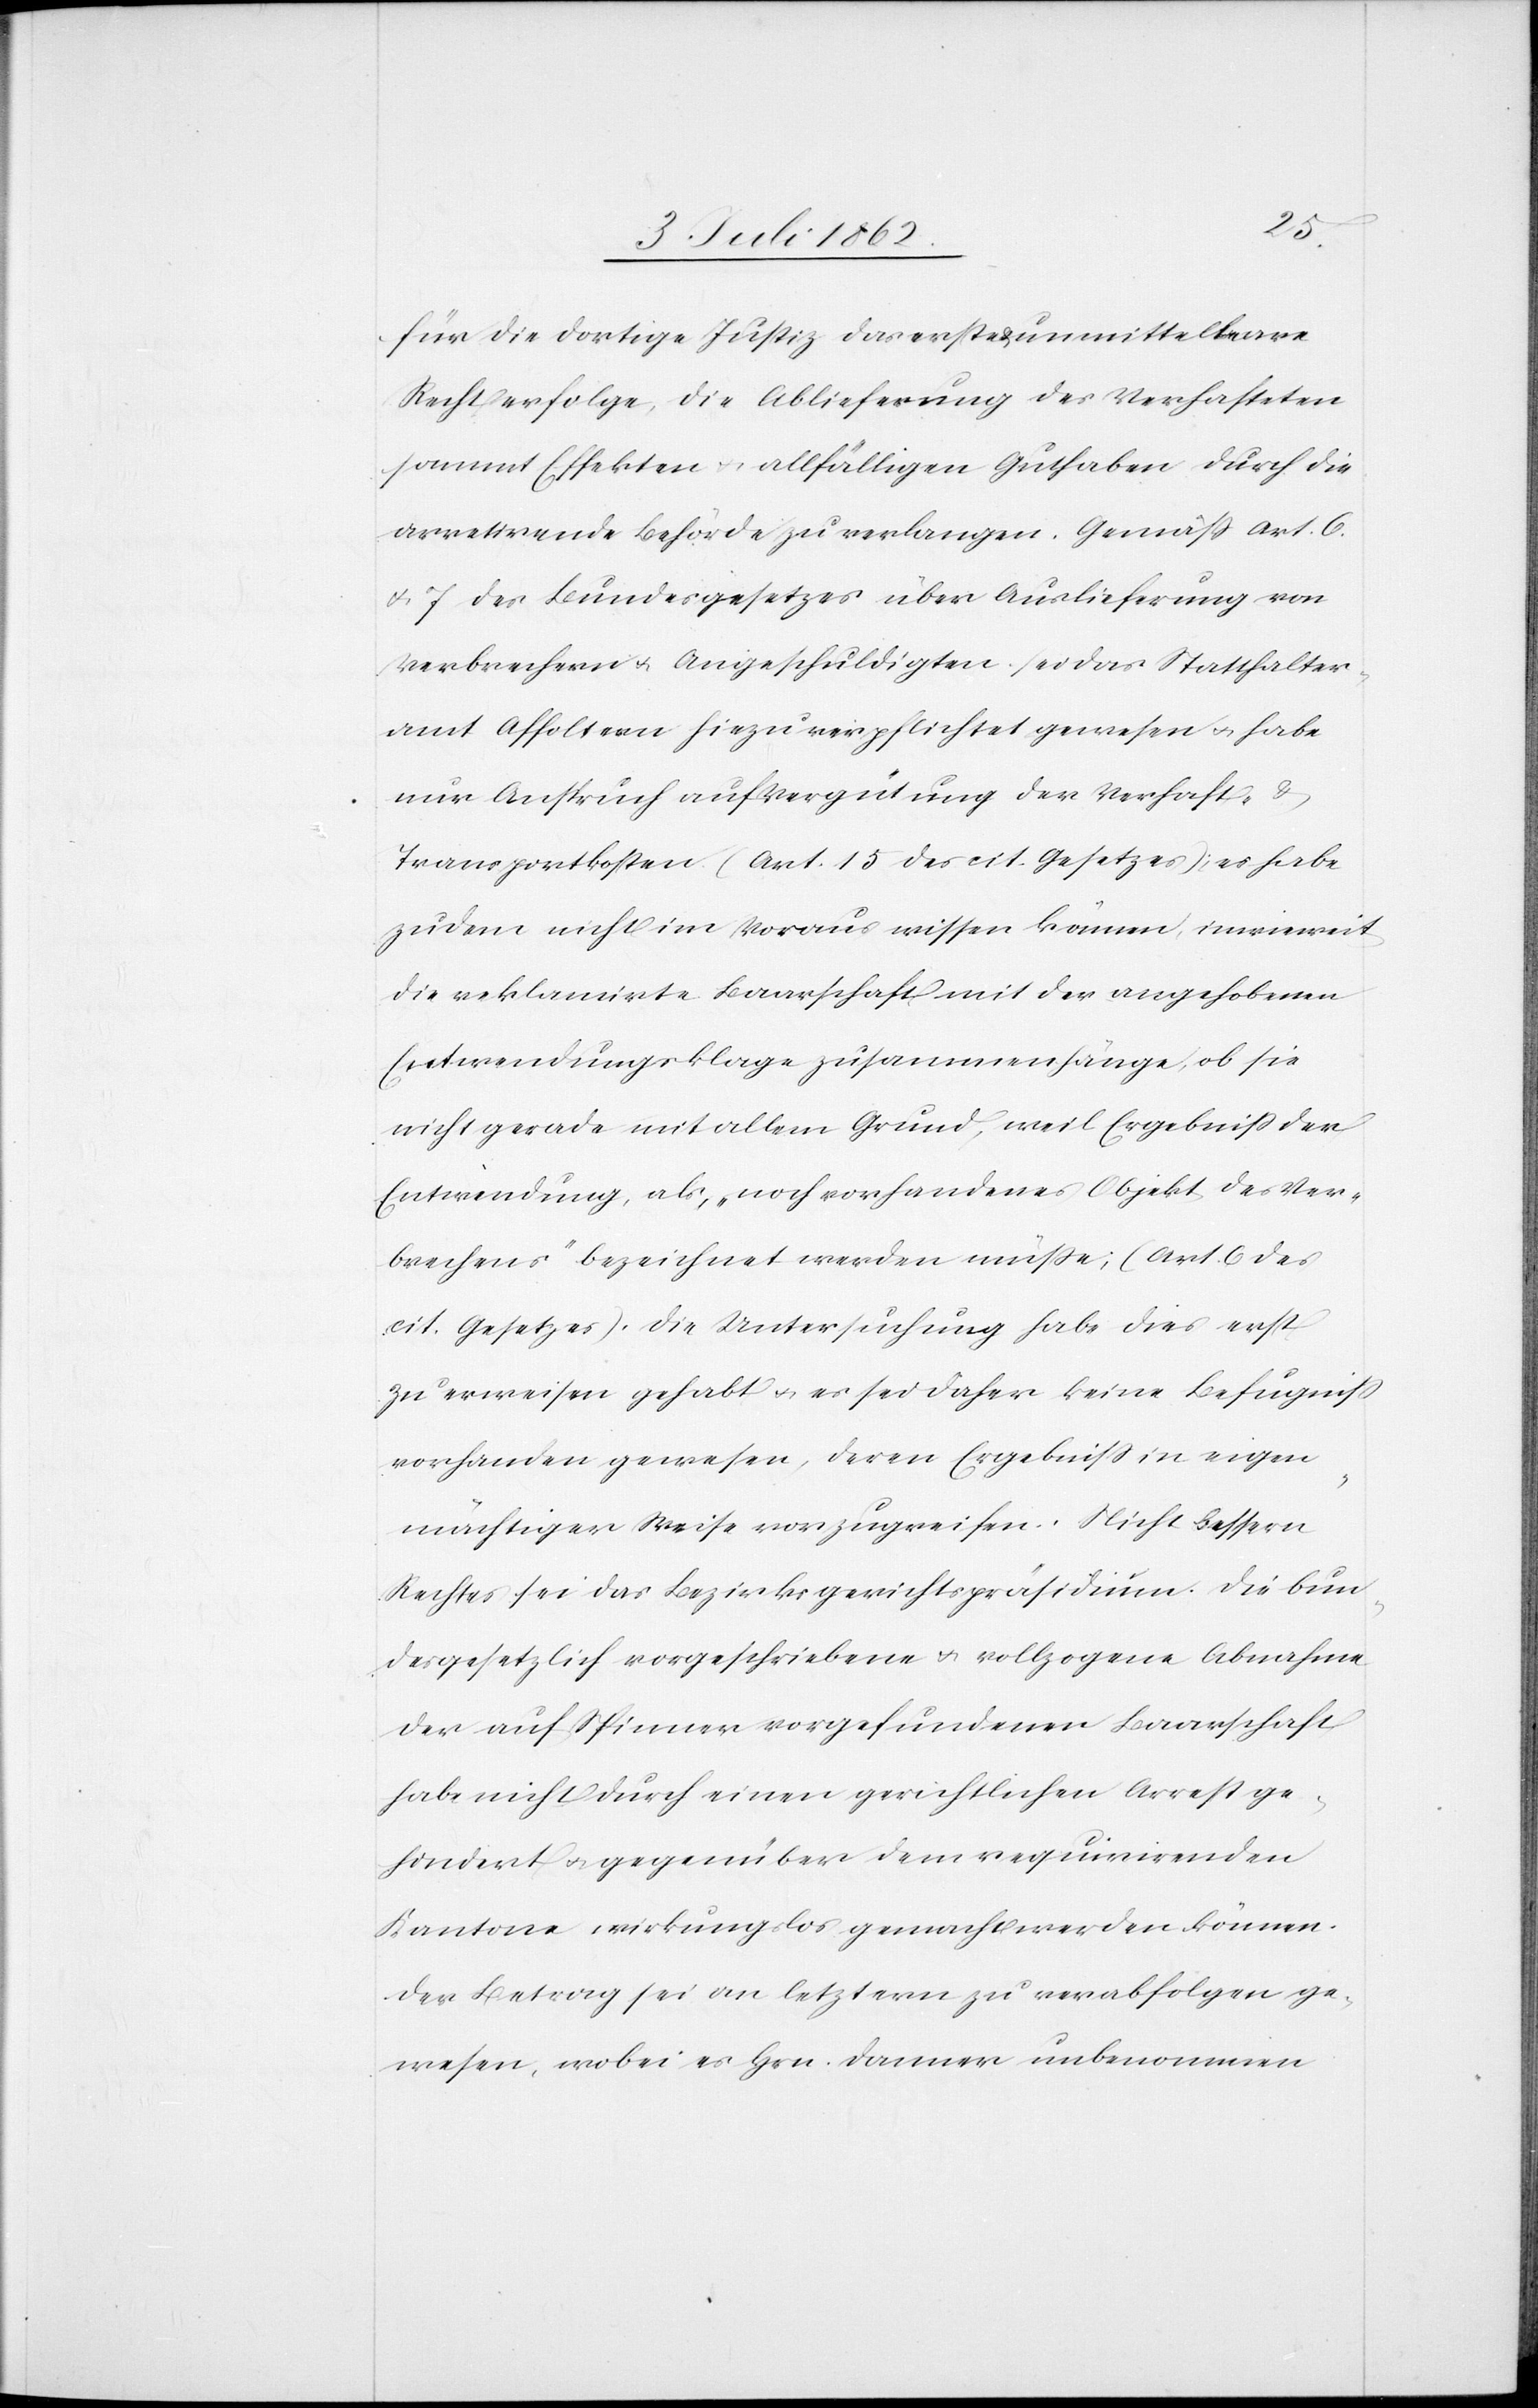
für die dortige Justiz das erste u. unmittelbare
Recht erfolge, die Ablieferung des Verhafteten
sammt Effekten u. allfälligen Guthaben durch die
arretirende Behörde zu verlangen. Gemäß Art. 6.
u. 7 des Bundesgesetzes über Auslieferung von
Verbrechern u. Angeschuldigten sei das Statthalter¬
amt Affoltern hiezu verpflichtet gewesen u. habe
nur Anspruch auf Vergütung der Verhaft- u.
Transportkosten (Art. 15 des cit. Gesetzes); es habe
zudem nicht im Voraus wissen können, inwieweit
die reklamirte Baarschaft mit der angehobenen
Entwendungsklage zusammenhänge, ob sie
nicht gerade mit allem Grund, weil Ergebniß der
Entwendung, als „noch vorhandenes Objekt des Ver¬
brechens“ bezeichnet werden müße; (Art. 6 des
cit. Gesetzes). Die Untersuchung habe dies erst
zu erweisen gehabt u. es sei daher keine Befugniß
vorhanden gewesen, deren Ergebniß in eigen¬
mächtiger Weise vorzugreifen. Nicht bessern
Rechtes sei das Bezirksgerichtspräsidium. Die bun¬
desgesetzlich vorgeschriebene u. vollzogene Abnahme
der auf Spinner vorgefundenen Baarschaft
habe nicht durch einen gerichtlichen Arrest ge¬
hindert u. gegenüber dem requirirenden
Kantone wirkungslos gemacht werden können.
Der Betrag sei an letztern zu verabfolgen ge¬
wesen, wobei es Hrn. Danner unbenommen